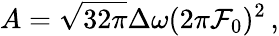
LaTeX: A=\sqrt{32\pi}\Delta\omega(2\pi\mathcal{F}_{0})^{2}\, ,